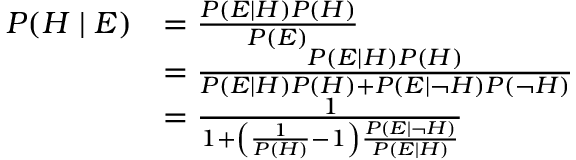
{ \begin{array} { r l } { P ( H \mid E ) } & { = { \frac { P ( E \mid H ) P ( H ) } { P ( E ) } } } \\ & { = { \frac { P ( E \mid H ) P ( H ) } { P ( E \mid H ) P ( H ) + P ( E \mid \neg H ) P ( \neg H ) } } } \\ & { = { \frac { 1 } { 1 + \left( { \frac { 1 } { P ( H ) } } - 1 \right) { \frac { P ( E \mid \neg H ) } { P ( E \mid H ) } } } } } \end{array} }